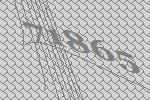
71865